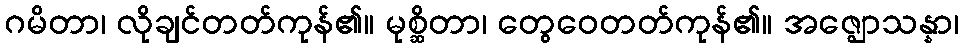
ဂမိတာ၊ လိုချင်တတ်ကုန်၏။ မုစ္ဆိတာ၊ တွေဝေတတ်ကုန်၏။ အဇ္ဈောသန္နာ၊